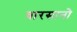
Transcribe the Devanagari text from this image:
वारसानो